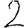
Digit: 2